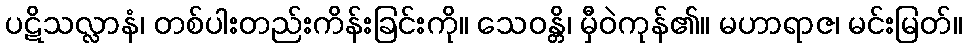
ပဋိသလ္လာနံ၊ တစ်ပါးတည်းကိန်းခြင်းကို။ သေဝန္တိ၊ မှီဝဲကုန်၏။ မဟာရာဇ၊ မင်းမြတ်။